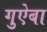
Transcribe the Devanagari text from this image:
गुऐबा